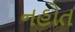
નહોત